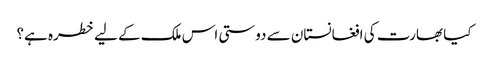
کیا بھارت کی افغانستان سے دوستی اس ملک کے لیے خطرہ ہے؟